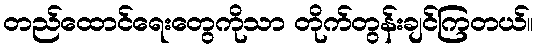
တည်ထောင်ရေးတွေကိုသာ တိုက်တွန်းချင်ကြတယ်။